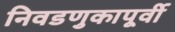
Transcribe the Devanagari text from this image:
निवडणुकापूर्वी